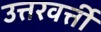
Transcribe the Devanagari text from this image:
उत्तरवर्त्ती